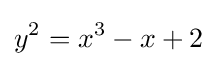
y^{2}=x^{3}-x+2